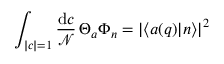
\int _ { | c | = 1 } { \frac { \mathrm { d } c } { \mathcal { N } } } \, \Theta _ { a } \Phi _ { n } = | \langle a ( q ) | n \rangle | ^ { 2 }